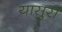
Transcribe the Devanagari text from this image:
यासुरी